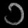
Digit: ၁